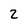
Character: 2